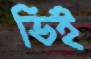
ভিই